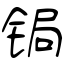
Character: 锔